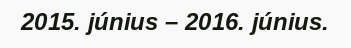
2015. június – 2016. június.